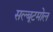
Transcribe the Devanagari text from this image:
सल्बूटमोल